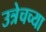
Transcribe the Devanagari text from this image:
उत्रेचच्या